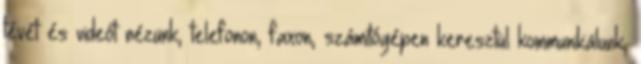
tévét és videót nézünk, telefonon, faxon, számítógépen keresztül kommunikálunk,